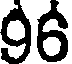
96